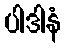
ပါဒါနံ